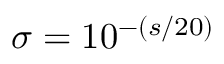
\sigma = 1 0 ^ { - ( s / 2 0 ) }